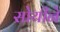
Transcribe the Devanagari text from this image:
सोयीने